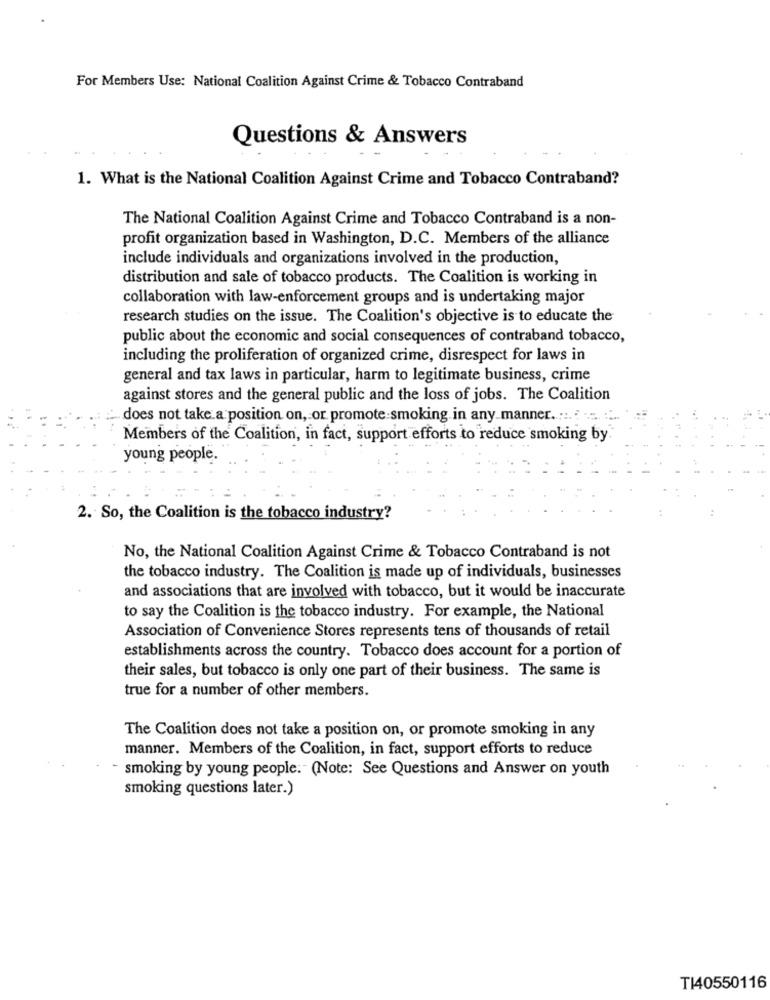
For Members Use: National Coalition Against Crime & Tobacco Contraband
Questions & Answers
1. What is the National Coalition Against Crime and Tobacco Contraband?
The National Coalition Against Crime and Tobacco Contraband is a non-
profit organization based in Washington, D.C. Members of the alliance
include individuals and organizations involved in the production,
distribution and sale of tobacco products. The Coalition is working in
collaboration with law-enforcement groups and is undertaking major
research studies on the issue. The Coalition's objective is to educate the
public about the economic and social consequences of contraband tobacco,
including the proliferation of organized crime, disrespect for laws in
general and tax laws in particular, harm to legitimate business, crime
against stores and the general public and the loss of jobs. The Coalition
does not take a position on, or promote smoking in any manner .::. . .....
Members of the Coalition, in fact, support efforts to reduce smoking by
young people.
2. So, the Coalition is the tobacco industry?
No, the National Coalition Against Crime & Tobacco Contraband is not
the tobacco industry. The Coalition is made up of individuals, businesses
and associations that are involved with tobacco, but it would be inaccurate
to say the Coalition is the tobacco industry. For example, the National
Association of Convenience Stores represents tens of thousands of retail
establishments across the country. Tobacco does account for a portion of
their sales, but tobacco is only one part of their business. The same is
true for a number of other members.
The Coalition does not take a position on, or promote smoking in any
manner. Members of the Coalition, in fact, support efforts to reduce
- smoking by young people. " (Note: See Questions and Answer on youth
smoking questions later.)
T140550116